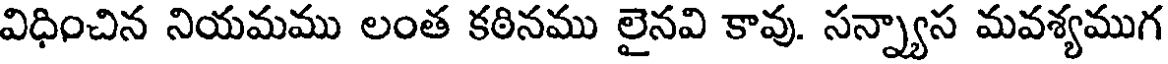
విధించిన నియమము లంత కఠినము లైనవి కావు. సన్న్యాస మవశ్యముగ